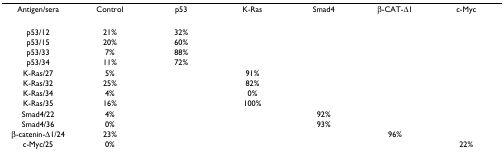
<table><thead><tr><td><b>Antigen/sera</b></td><td><b>Control</b></td><td><b>p53</b></td><td><b>K-Ras</b></td><td><b>Smad4</b></td><td><b>β-CAT-Δ1</b></td><td><b>c-Myc</b></td></tr></thead><tbody><tr><td>p53/12</td><td>21%</td><td>32%</td><td></td><td></td><td></td><td></td></tr><tr><td>p53/15</td><td>20%</td><td>60%</td><td></td><td></td><td></td><td></td></tr><tr><td>p53/33</td><td>7%</td><td>88%</td><td></td><td></td><td></td><td></td></tr><tr><td>p53/34</td><td>11%</td><td>72%</td><td></td><td></td><td></td><td></td></tr><tr><td>K-Ras/27</td><td>5%</td><td></td><td>91%</td><td></td><td></td><td></td></tr><tr><td>K-Ras/32</td><td>25%</td><td></td><td>82%</td><td></td><td></td><td></td></tr><tr><td>K-Ras/34</td><td>4%</td><td></td><td>0%</td><td></td><td></td><td></td></tr><tr><td>K-Ras/35</td><td>16%</td><td></td><td>100%</td><td></td><td></td><td></td></tr><tr><td>Smad4/22</td><td>4%</td><td></td><td></td><td>92%</td><td></td><td></td></tr><tr><td>Smad4/36</td><td>0%</td><td></td><td></td><td>93%</td><td></td><td></td></tr><tr><td>β-catenin-Δ1/24</td><td>23%</td><td></td><td></td><td></td><td>96%</td><td></td></tr><tr><td>c-Myc/25</td><td>0%</td><td></td><td></td><td></td><td></td><td>22%</td></tr></tbody></table>